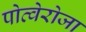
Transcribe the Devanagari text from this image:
पोत्वेरोजा